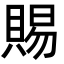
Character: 賜